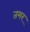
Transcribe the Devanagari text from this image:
तमर